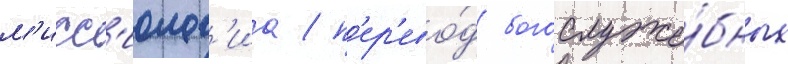
м'исс'иолог'иа / п'ер'ево́д богослуже́бных